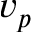
v _ { p }